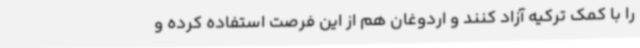
را با کمک ترکیه آزاد کنند و اردوغان هم از این فرصت استفاده کرده و